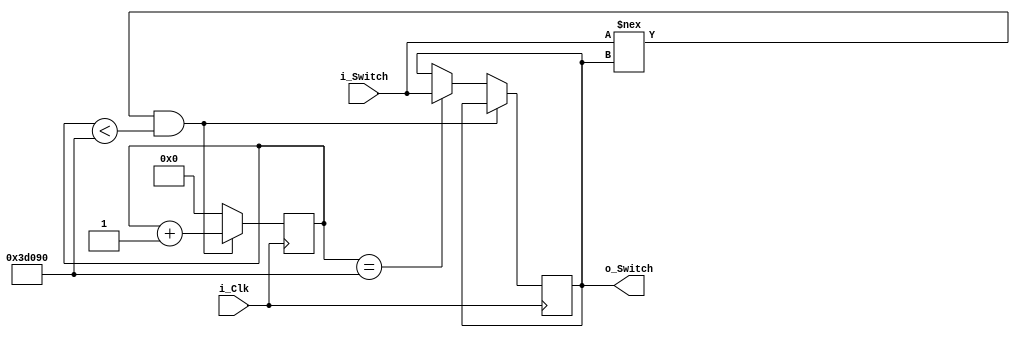
module Debounce_Switch 
(
  input i_Clk,
  input i_Switch,
  output o_Switch
);

  parameter c_DEBOUNCE_LIMIT = 250000; // 10 ms at at 25 MHz

  reg r_State = 1'b0;
  reg [17:0] r_Count = 0;

  always @(posedge i_Clk)
    begin
      if (i_Switch !== r_State && r_Count < c_DEBOUNCE_LIMIT)
        r_Count <= r_Count + 1; // COUNTER !
      
      else if (r_Count == c_DEBOUNCE_LIMIT)
        begin
          r_Count <= 0;
          r_State <= i_Switch;
        end

      else 
        r_Count <= 0;
    end 

  assign o_Switch = r_State;

endmodule